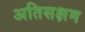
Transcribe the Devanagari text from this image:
अतिसक्षम